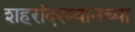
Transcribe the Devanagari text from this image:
शहरांदरम्यानच्या